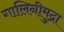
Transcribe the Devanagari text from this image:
गालिनीमुद्रा